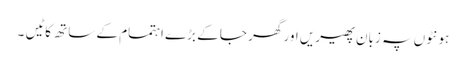
ہونٹوں پہ زبان پھیریں اور گھر جا کے بڑے اہتمام کے ساتھ کاٹیں ۔